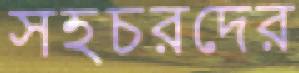
সহচরদের